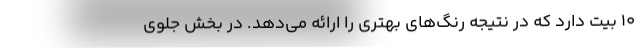
10 بیت دارد که در نتیجه رنگ‌های بهتری را ارائه می‌دهد. در بخش جلوی